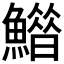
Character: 𩻶